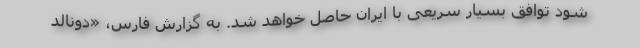
شود توافق بسیار سریعی با ایران حاصل خواهد شد. به گزارش فارس، «دونالد